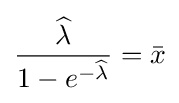
{\frac {\widehat {\lambda }}{1-e^{-{\widehat {\lambda }}}}}={\bar {x}}